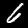
Label: 6